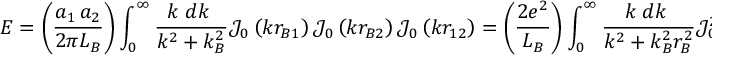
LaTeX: E = \left( { \frac { a _ { 1 } \, a _ { 2 } } { 2 \pi L _ { B } } } \right) \int _ { 0 } ^ { \infty } { \frac { k \; d k \; } { k ^ { 2 } + k _ { B } ^ { 2 } } } { \mathcal { J } } _ { 0 } \left( k r _ { B 1 } \right) { \mathcal { J } } _ { 0 } \left( k r _ { B 2 } \right) { \mathcal { J } } _ { 0 } \left( k r _ { 1 2 } \right) = \left( { \frac { 2 e ^ { 2 } } { L _ { B } } } \right) \int _ { 0 } ^ { \infty } { \frac { k \; d k \; } { k ^ { 2 } + k _ { B } ^ { 2 } r _ { B } ^ { 2 } } } { \mathcal { J } } _ { 0 } ^ { 2 } \left( k \right) { \mathcal { J } } _ { 0 } \left( k { \frac { r _ { 1 2 } } { r _ { B } } } \right)